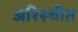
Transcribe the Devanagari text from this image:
अरिस्थीत